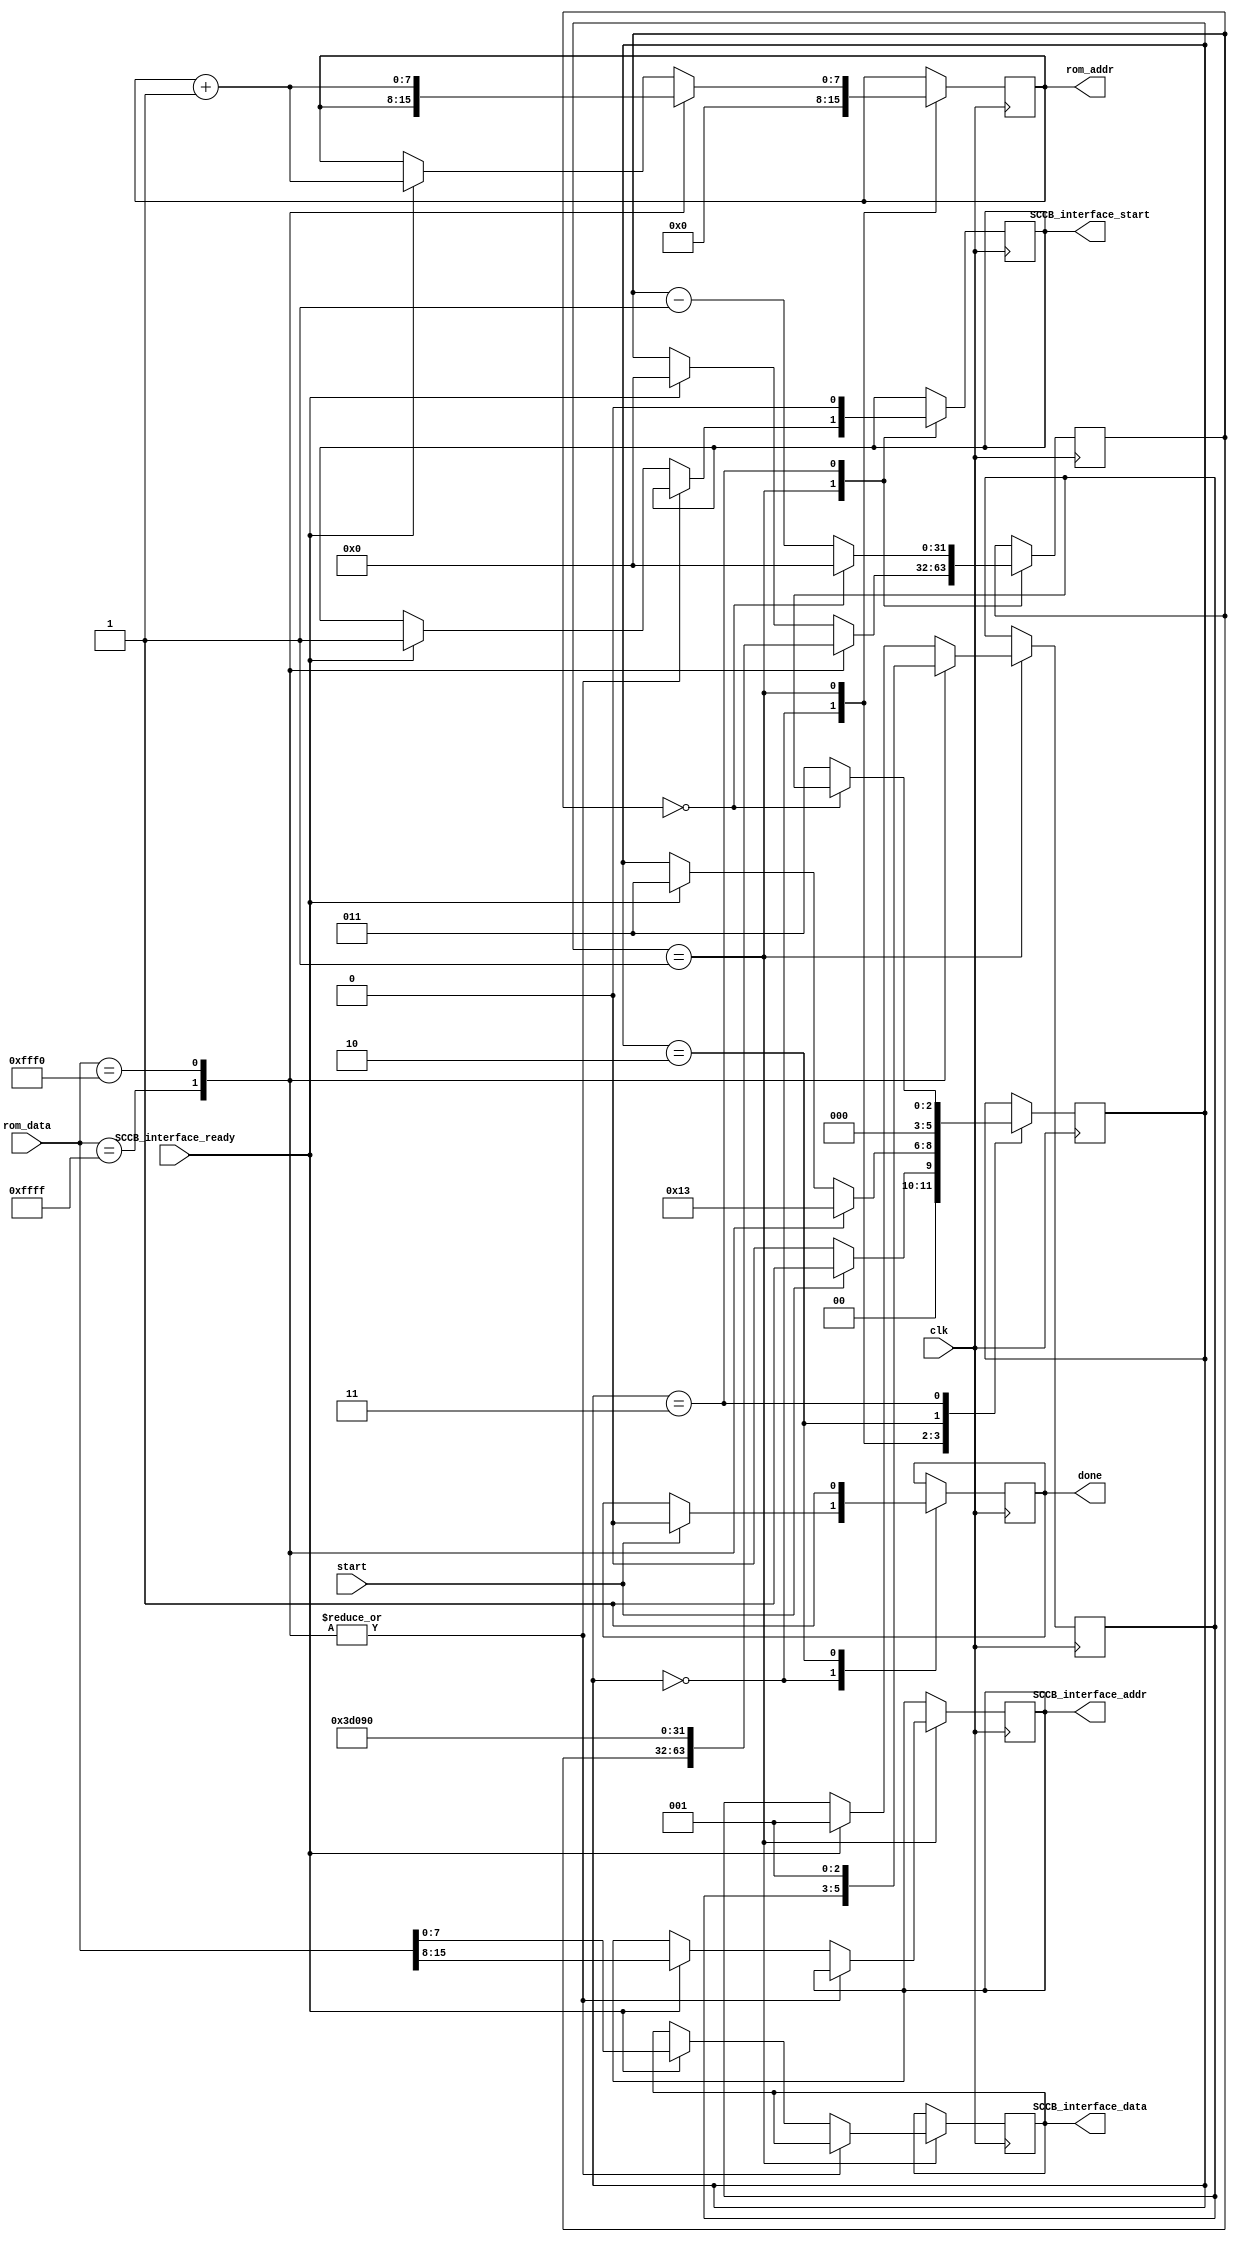
`timescale 1ns / 1ps
//////////////////////////////////////////////////////////////////////////////////
// Company: 
// Engineer: 
// 
// Design Name: 
// Module Name: OV7670_config
// Project Name: 
// Target Devices: 
// Tool Versions: 
// Description: 
// 
// Dependencies: 
// 
// Revision:
// Revision 0.01 - File Created
// Additional Comments:
// 
//////////////////////////////////////////////////////////////////////////////////


module OV7670_config
#(
    parameter CLK_FREQ = 25000000
)
(
    input wire clk,
    input wire SCCB_interface_ready,
    input wire [15:0] rom_data,
    input wire start,
    output reg [7:0] rom_addr,
    output reg done,
    output reg [7:0] SCCB_interface_addr,
    output reg [7:0] SCCB_interface_data,
    output reg SCCB_interface_start
    );
    
    initial begin
        rom_addr = 0;
        done = 0;
        SCCB_interface_addr = 0;
        SCCB_interface_data = 0;
        SCCB_interface_start = 0;
    end
    
    localparam FSM_IDLE = 0;
    localparam FSM_SEND_CMD = 1;
    localparam FSM_DONE = 2;
    localparam FSM_TIMER = 3;
    
    reg [2:0] FSM_state = FSM_IDLE;
    reg [2:0] FSM_return_state;
    reg [31:0] timer = 0; 
    
    always@(posedge clk) begin
    
        case(FSM_state)
            
            FSM_IDLE: begin 
                FSM_state <= start ? FSM_SEND_CMD : FSM_IDLE;
                rom_addr <= 0;
                done <= start ? 0 : done;
            end
            
            FSM_SEND_CMD: begin 
                case(rom_data)
                    16'hFFFF: begin //end of ROM
                        FSM_state <= FSM_DONE;
                    end
                    
                    16'hFFF0: begin //delay state 
                        timer <= (CLK_FREQ/100); //10 ms delay
                        FSM_state <= FSM_TIMER;
                        FSM_return_state <= FSM_SEND_CMD;
                        rom_addr <= rom_addr + 1;
                    end
                    
                    default: begin //normal rom commands
                        if (SCCB_interface_ready) begin
                            FSM_state <= FSM_TIMER;
                            FSM_return_state <= FSM_SEND_CMD;
                            timer <= 0; //one cycle delay gives ready chance to deassert
                            rom_addr <= rom_addr + 1;
                            SCCB_interface_addr <= rom_data[15:8];
                            SCCB_interface_data <= rom_data[7:0];
                            SCCB_interface_start <= 1;
                        end
                    end
                endcase
            end
                        
            FSM_DONE: begin //signal done 
                FSM_state <= FSM_IDLE;
                done <= 1;
            end
                           
                
            FSM_TIMER: begin //count down and jump to next state
                FSM_state <= (timer == 0) ? FSM_return_state : FSM_TIMER;
                timer <= (timer==0) ? 0 : timer - 1;
                SCCB_interface_start <= 0;
            end
        endcase
    end
endmodule